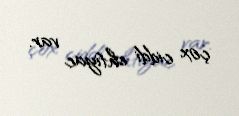
çox ciddi ehtiyac var.